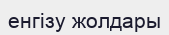
енгізу жолдары